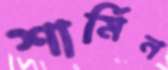
শার্মিন